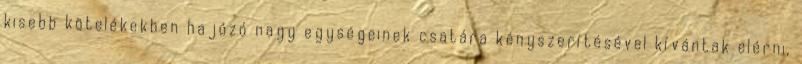
kisebb kötelékekben hajózó nagy egységeinek csatára kényszerítésével kívántak elérni,